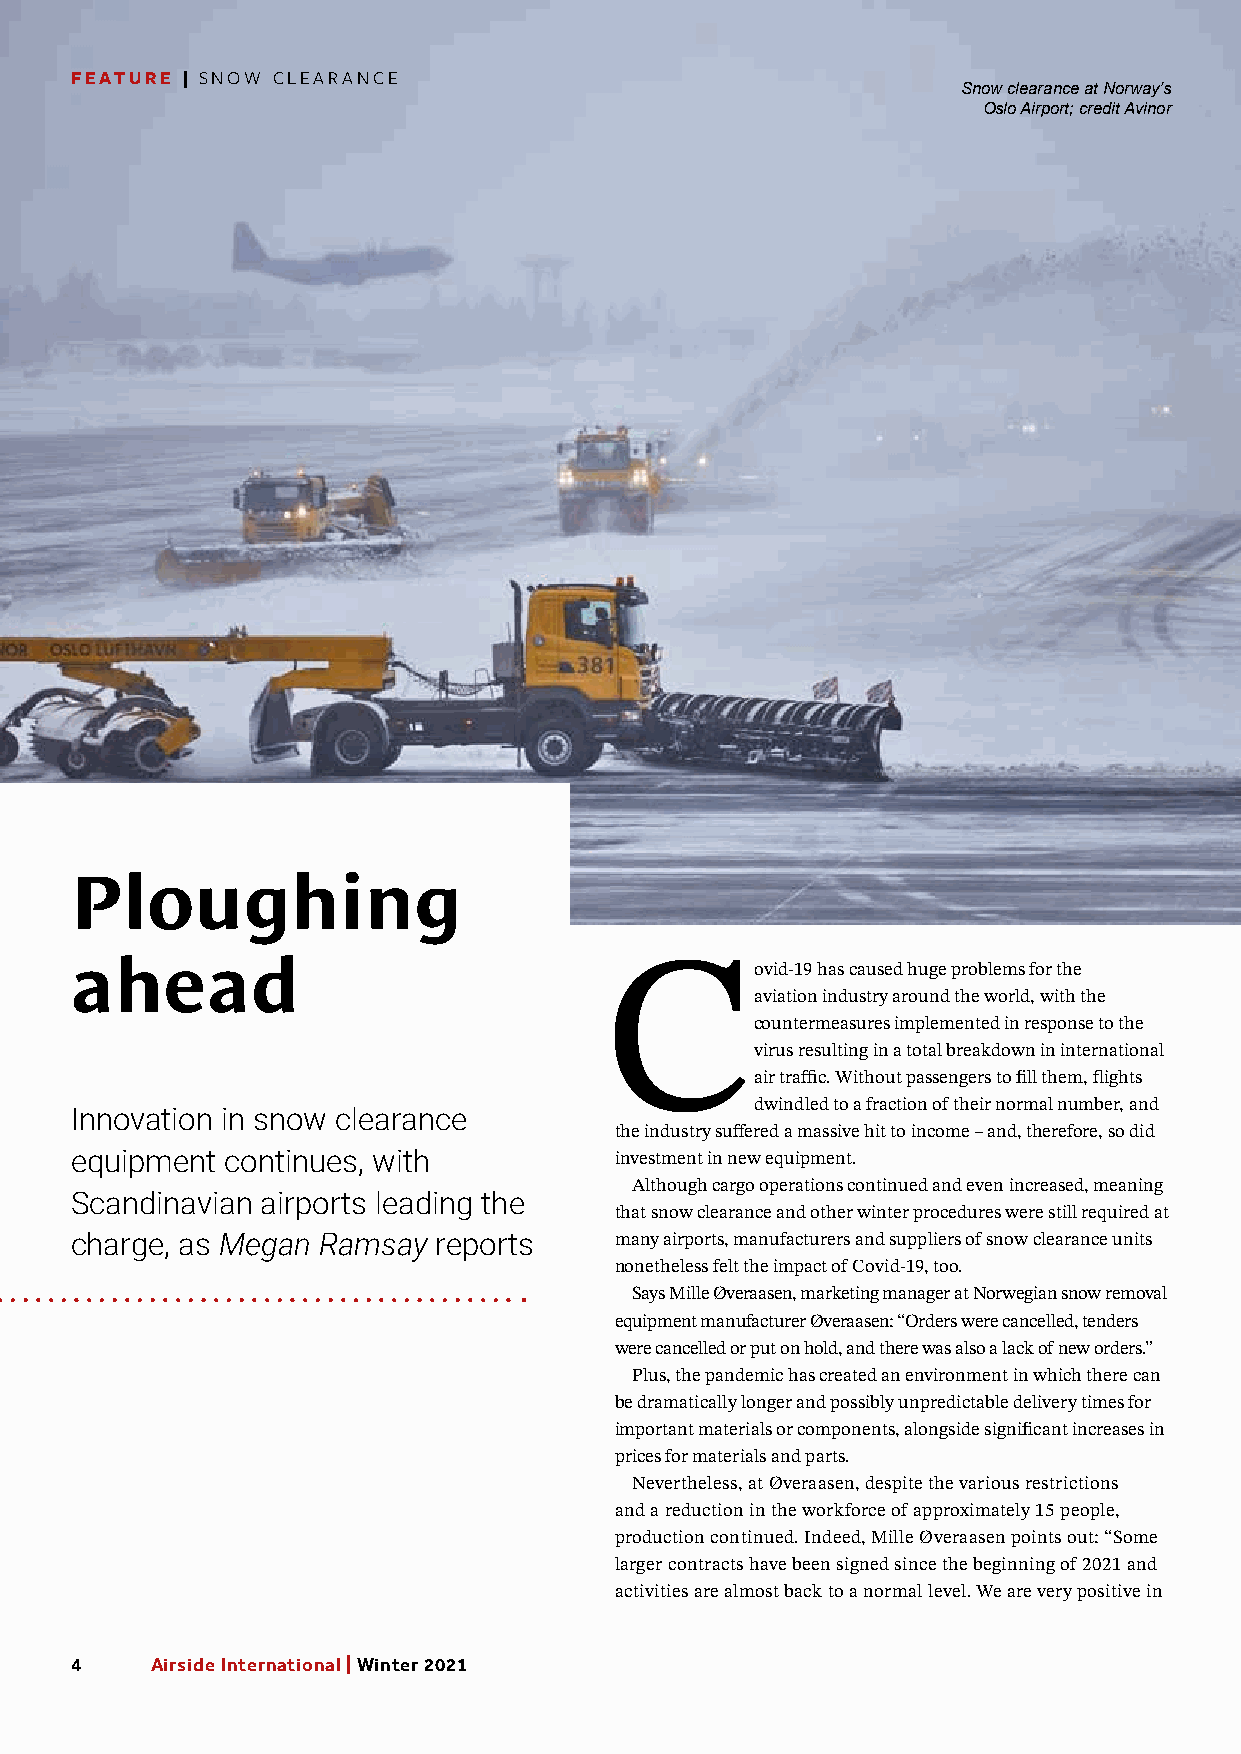
FEATURE | SNOW CLEARANCE
 Snow clearance at Norway’s
 Oslo Airport; credit Avinor
 Ploughing
 ahead
 Covid-19      has caused huge problems for the
 aviation industry around the world, with the
 countermeasures implemented in response to the
 virus resulting in a total breakdown in international
 air traffic. Without passengers to fill them, flights
 dwindled to a fraction of their normal number, and
 Innovation in snow clearance
 the industry suffered a massive hit to income – and, therefore, so did
 equipment continues, with           investment in new equipment.
 Although cargo operations continued and even increased, meaning
 Scandinavian airports leading the
 that snow clearance and other winter procedures were still required at
 charge, as Megan Ramsay reports     many airports, manufacturers and suppliers of snow clearance units
 nonetheless felt the impact of Covid-19, too.
 Says Mille Øveraasen, marketing manager at Norwegian snow removal
 equipment manufacturer Øveraasen: “Orders were cancelled, tenders
 were cancelled or put on hold, and there was also a lack of new orders.”
 Plus, the pandemic has created an environment in which there can
 be dramatically longer and possibly unpredictable delivery times for
 important materials or components, alongside significant increases in
 prices for materials and parts.
 Nevertheless, at Øveraasen, despite the various restrictions
 and a reduction in the workforce of approximately 15 people,
 production continued. Indeed, Mille Øveraasen points out: “Some
 larger contracts have been signed since the beginning of 2021 and
 activities are almost back to a normal level. We are very positive in
 4    Airside International | Winter 2021